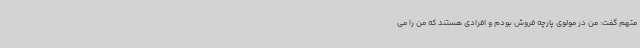
متهم گفت: من در مولوی پارچه فروش بودم و افرادی هستند که من را می‌